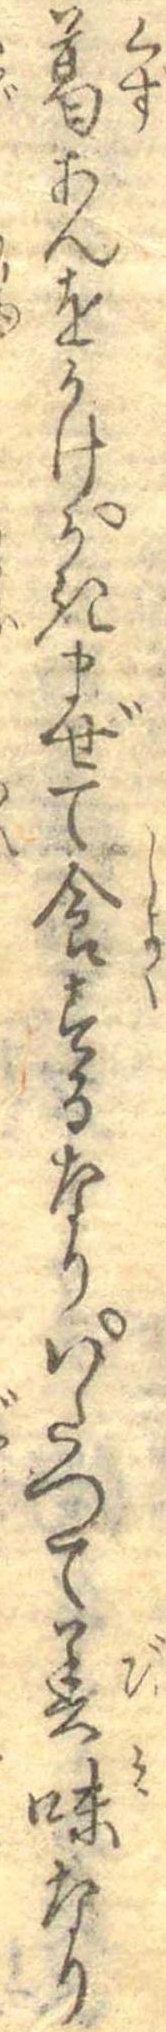
葛あんをかけかきまぜて食するなりいたつて美味なり